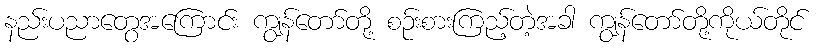
နည်းပညာတွေအကြောင်း ကျွန်တော်တို့ စဉ်းစားကြည့်တဲ့အခါ ကျွန်တော်တို့ကိုယ်တိုင်